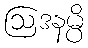
ဩဒနမ္ပိ